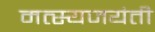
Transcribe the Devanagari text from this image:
मत्स्यजयंती